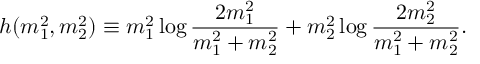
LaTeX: h ( { m } _ { 1 } ^ { 2 } , { m } _ { 2 } ^ { 2 } ) \equiv { m } _ { 1 } ^ { 2 } \log \frac { 2 { m } _ { 1 } ^ { 2 } } { { m } _ { 1 } ^ { 2 } + { m } _ { 2 } ^ { 2 } } + { m } _ { 2 } ^ { 2 } \log \frac { 2 { m } _ { 2 } ^ { 2 } } { { m } _ { 1 } ^ { 2 } + { m } _ { 2 } ^ { 2 } } .